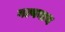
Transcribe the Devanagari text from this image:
गल्गनाथ